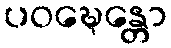
ပဝဍ္ဎေန္တော